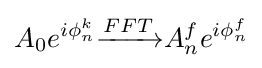
A_{0}e^{i\phi _{n}^{k}}{\xrightarrow {FFT}}A_{n}^{f}e^{i\phi _{n}^{f}}